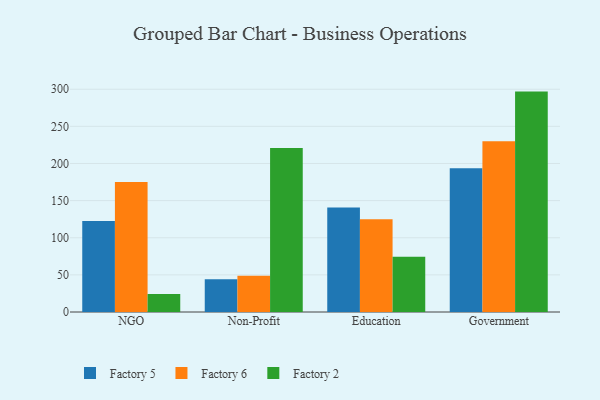
{"axis": {"x": "Segment", "y": "Active Users"}, "legend": ["Factory 2", "Factory 5", "Factory 6"], "data": [{"x": "NGO", "y": 122.4, "type": "Factory 5"}, {"x": "NGO", "y": 174.9, "type": "Factory 6"}, {"x": "NGO", "y": 24.2, "type": "Factory 2"}, {"x": "Non-Profit", "y": 44.1, "type": "Factory 5"}, {"x": "Non-Profit", "y": 48.8, "type": "Factory 6"}, {"x": "Non-Profit", "y": 220.7, "type": "Factory 2"}, {"x": "Education", "y": 140.6, "type": "Factory 5"}, {"x": "Education", "y": 124.8, "type": "Factory 6"}, {"x": "Education", "y": 74.4, "type": "Factory 2"}, {"x": "Government", "y": 193.6, "type": "Factory 5"}, {"x": "Government", "y": 230.1, "type": "Factory 6"}, {"x": "Government", "y": 296.8, "type": "Factory 2"}]}